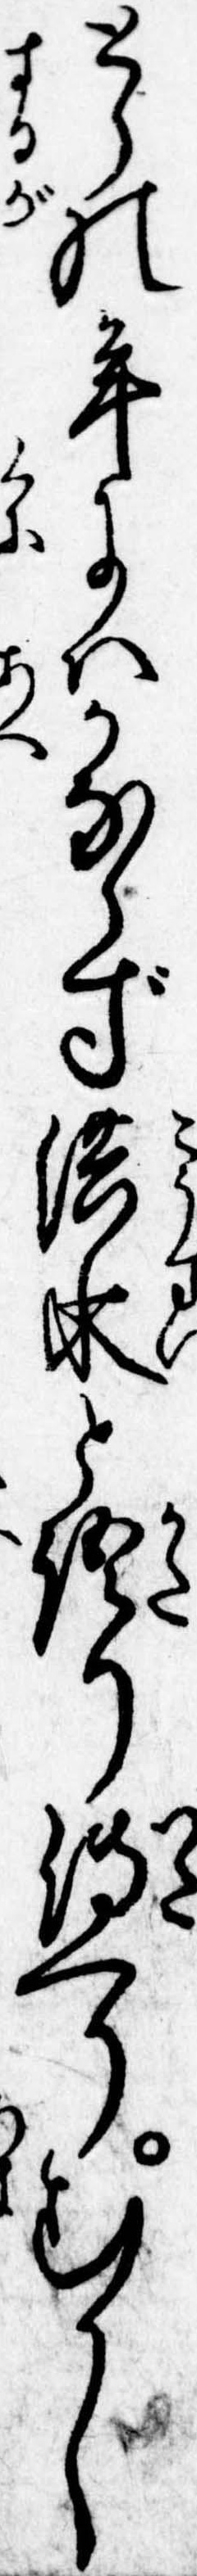
とらの年にはかならず洪水と語り伝へりむかし